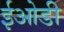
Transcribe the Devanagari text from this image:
ईओडी